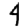
Digit: 4